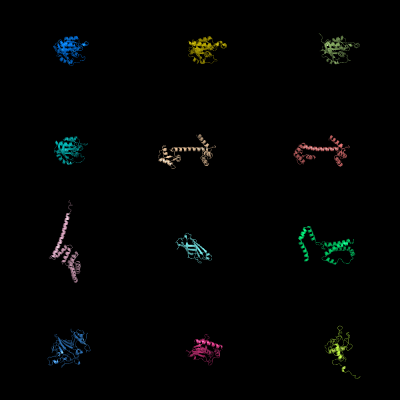
pymol, grid mode